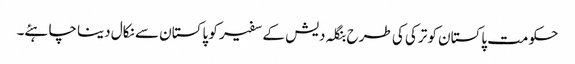
حکومت پاکستان کو ترکی کی طرح بنگلہ دیش کے سفیر کو پاکستان سے نکال دینا چاہئے۔